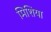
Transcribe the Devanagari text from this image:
मिशिया